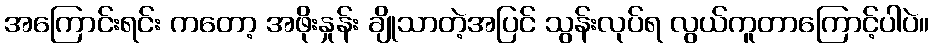
အကြောင်းရင်း ကတော့ အဖိုးနှုန်း ချိုသာတဲ့အပြင် သွန်းလုပ်ရ လွယ်ကူတာကြောင့်ပါပဲ။